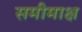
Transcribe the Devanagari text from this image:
समीमाक्ष